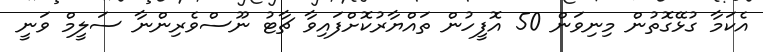
އެކަމާ ގުޅޭގޮތުން މިނިވަން 50 އޮފީހުން ތައްޔާރުކޮށްފައިވާ ޗާޓު ނޫސްވެރިންނާ ސަލީމް ވަނީ